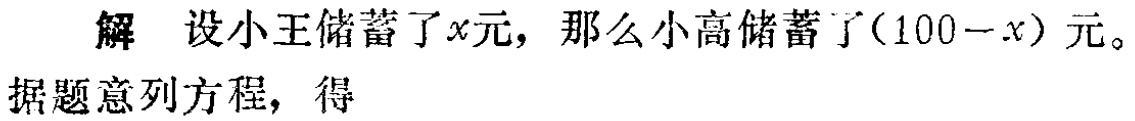
解 设小王储蓄了\(x\)元，那么小高储蓄了\((100 - x)\)元。

据题意列方程，得